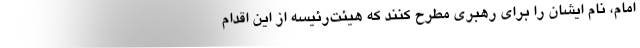
امام، نام ایشان را برای رهبری مطرح کنند که هیئت‌رئیسه از این اقدام